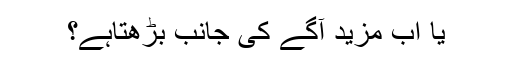
یا اَب مزید آگے کی جانب بڑھتاہے؟